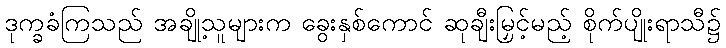
ဒုက္ခခံကြသည် အချို့သူများက ခွေးနှစ်ကောင် ဆုချီးမြှင့်မည့် စိုက်ပျိုးရာသီ၌